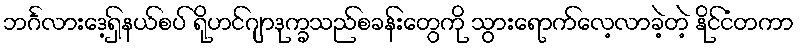
ဘင်္ဂလားဒေ့ရှ်နယ်စပ် ရိုဟင်ဂျာဒုက္ခသည်စခန်းတွေကို သွားရောက်လေ့လာခဲ့တဲ့ နိုင်ငံတကာ